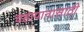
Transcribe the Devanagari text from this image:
चहापानासाठी